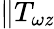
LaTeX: \| T_{\omega\mathit{z}}